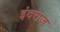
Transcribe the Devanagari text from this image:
इंदराज